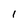
Character: 1